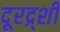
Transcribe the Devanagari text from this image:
दूरद्र्शी